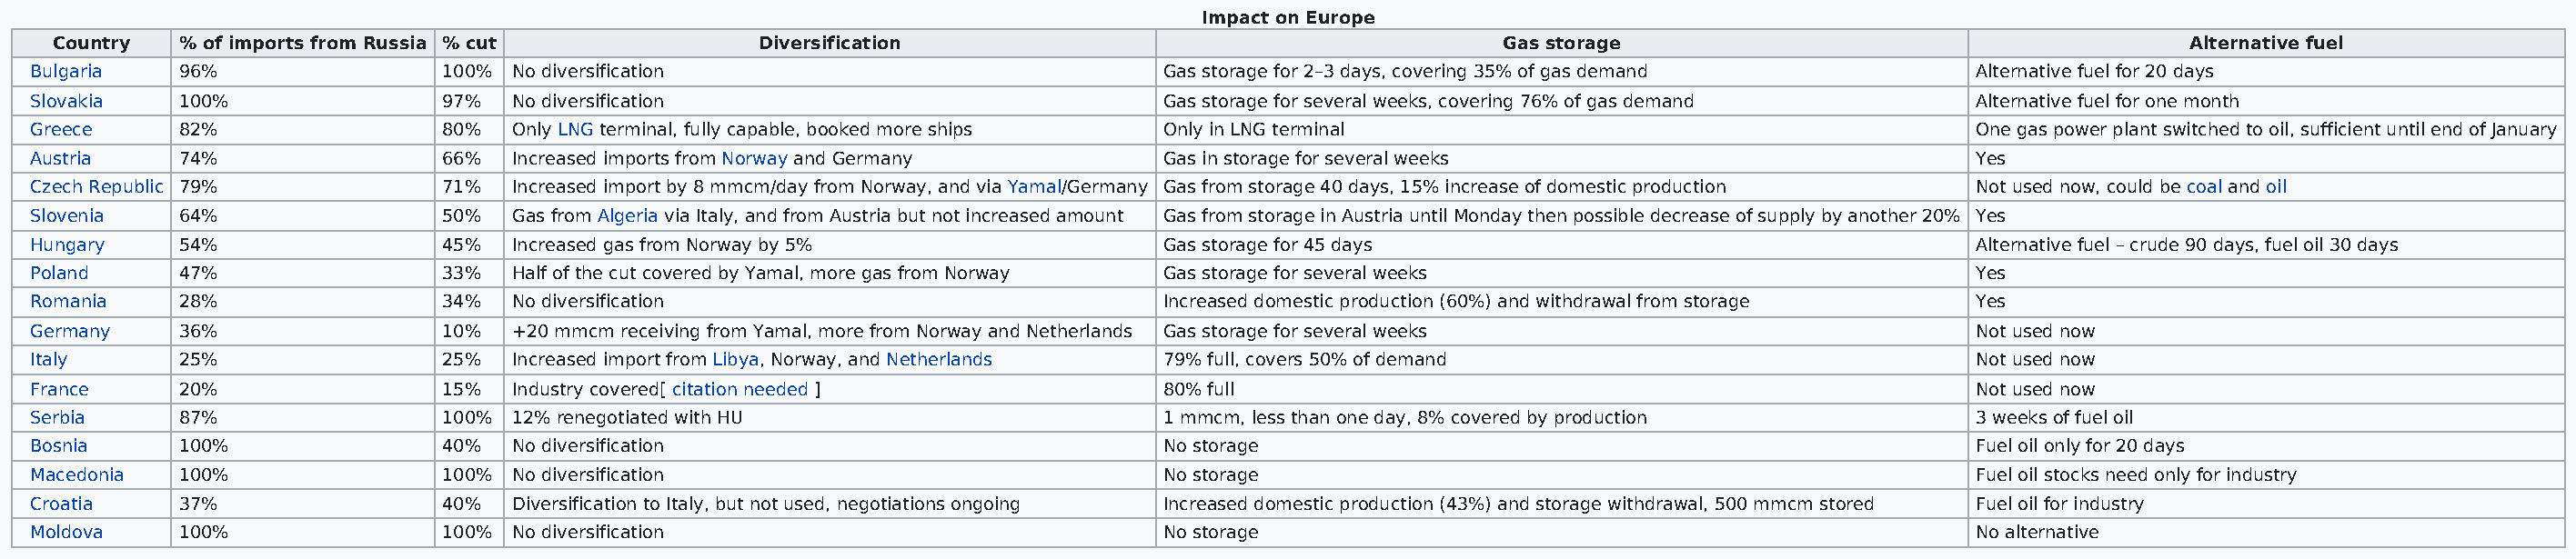
Impact on Europe
 Country  % of imports from Russia % cut            Diversification                                       Gas storage                                       Alternative fuel
 Bulgaria   96%                100% No diversification                              Gas storage for 2–3 days, covering 35% of gas demand       Alternative fuel for 20 days
 Slovakia   100%               97%  No diversification                              Gas storage for several weeks, covering 76% of gas demand  Alternative fuel for one month
 Greece     82%                80%  Only LNG terminal, fully capable, booked more ships Only in LNG terminal                                   One gas power plant switched to oil, sufficient until end of January
 Austria    74%                66%  Increased imports from Norway and Germany       Gas in storage for several weeks                           Yes
 Czech Republic 79%            71%  Increased import by 8 mmcm/day from Norway, and via Yamal/Germany Gas from storage 40 days, 15% increase of domestic production Not used now, could be coal and oil
 Slovenia   64%                50%  Gas from Algeria via Italy, and from Austria but not increased amount Gas from storage in Austria until Monday then possible decrease of supply by another 20% Yes
 Hungary    54%                45%  Increased gas from Norway by 5%                 Gas storage for 45 days                                    Alternative fuel – crude 90 days, fuel oil 30 days
 Poland     47%                33%  Half of the cut covered by Yamal, more gas from Norway Gas storage for several weeks                       Yes
 Romania    28%                34%  No diversification                              Increased domestic production (60%) and withdrawal from storage Yes
 Germany    36%                10%  +20 mmcm receiving from Yamal, more from Norway and Netherlands Gas storage for several weeks              Not used now
 Italy      25%                25%  Increased import from Libya, Norway, and Netherlands 79% full, covers 50% of demand                        Not used now
 France     20%                15%  Industry covered[ citation needed ]             80% full                                                   Not used now
 Serbia     87%                100% 12% renegotiated with HU                        1 mmcm, less than one day, 8% covered by production        3 weeks of fuel oil
 Bosnia     100%               40%  No diversification                              No storage                                                 Fuel oil only for 20 days
 Macedonia  100%               100% No diversification                              No storage                                                 Fuel oil stocks need only for industry
 Croatia    37%                40%  Diversification to Italy, but not used, negotiations ongoing Increased domestic production (43%) and storage withdrawal, 500 mmcm stored Fuel oil for industry
 Moldova    100%               100% No diversification                              No storage                                                 No alternative